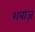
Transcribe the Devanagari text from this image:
शबाज़